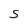
Character: S